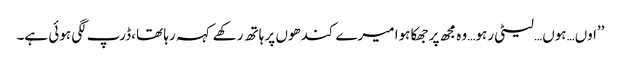
’’اوں…ہوں…لیٹی رہو… وہ مجھ پر جھکا ہوا میرے کندھوں پر ہاتھ رکھے کہہ رہا تھا،ڈرپ لگی ہوئی ہے۔